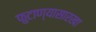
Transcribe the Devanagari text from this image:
फुटाण्यासारखा